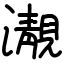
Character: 㵾